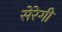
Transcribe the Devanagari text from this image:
सेरेगी